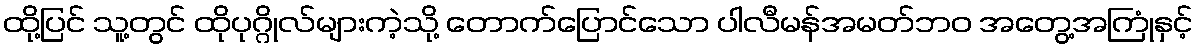
ထို့ပြင် သူ့တွင် ထိုပုဂ္ဂိုလ်များကဲ့သို့ တောက်ပြောင်သော ပါလီမန်အမတ်ဘဝ အတွေ့အကြုံနှင့်